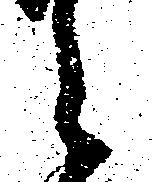
之